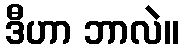
ဒီဟာ ဘာလဲ။